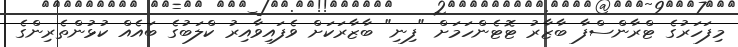
މިފަހަރުގެ ޓްރާންސްފާ ބާޒާރު ޓޮޓެންހަމަށް "ފިނި" ބާޒާރަކަށް ވެފައިވާއިރު ކްލަބުގެ ބައެއް ކުޅުންތެރިންގެ